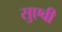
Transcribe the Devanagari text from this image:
सुएवी